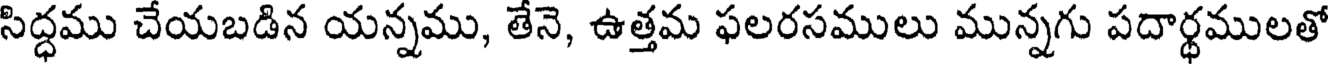
సిద్ధము చేయబడిన యన్నము, తేనె, ఉత్తమ ఫలరసములు మున్నగు పదార్థములతో